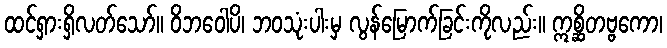
ထင်ရှားရှိလတ်သော်။ ဝိဘဝေါပိ၊ ဘဝသုံးပါးမှ လွန်မြောက်ခြင်းကိုလည်း။ ဣစ္ဆိတဗ္ဗကော၊